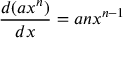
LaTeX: { \frac { d ( a x ^ { n } ) } { d x } } = a n x ^ { n - 1 }